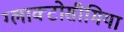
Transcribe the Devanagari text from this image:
ग्लाक्टोसीमिया